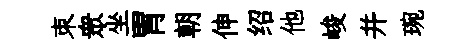
朿衆坐胃朝伸绍他峻并琬